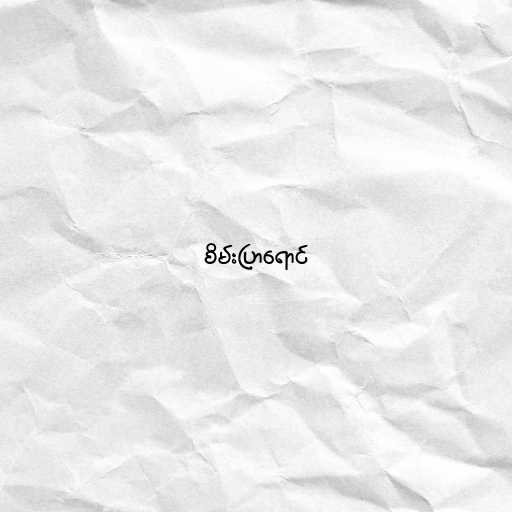
စိမ်းပြာရောင်